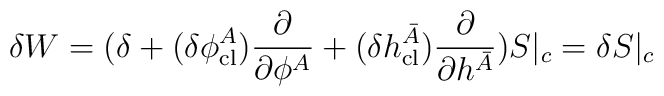
\delta W = (\delta + (\delta \phi^A_{\rm cl})\frac{\partial}{\partial \phi^A} + (\delta h^{\bar{A}}_{\rm cl})\frac{\partial}{\partial h^{\bar{A}}}) S|_c = \delta S|_c